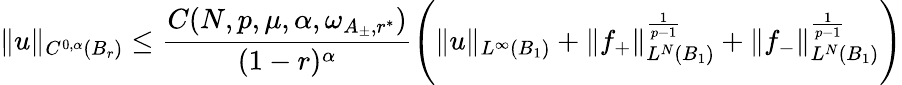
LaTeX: \| u\| _{C^{0,\alpha}(B_{r})}\le\frac{C(N,p,\mu,\alpha,\omega_{A_{\pm},r^{*}})}{(1-r)^{\alpha}}\Bigg(\| u\| _{L^{\infty}(B_{1})}+\| f_{+}\| _{L^{N}(B_{1})}^{\frac{1}{p-1}}+\| f_{-}\| _{L^{N}(B_{1})}^{\frac{1}{p-1}}\Bigg)